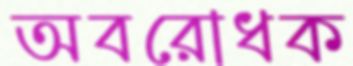
অবরোধক